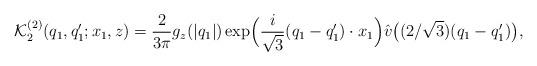
LaTeX: \begin{align*} \mathcal{K}_2^{(2)} (q_1, q_1' ; x_1 , z) = \frac 2{3\pi} g_z (|q_1|) \exp\Bigl(\frac{i}{\sqrt 3} (q_1-q_1')\cdot x_1\Bigr) \hat v \bigl((2/\sqrt 3 ) (q_1- q_1')\bigr) , \end{align*}